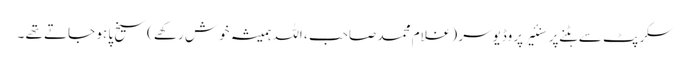
سکرپٹ سے ہٹنے پر سنئیر پروڈیوسر ( غلام محمد صاحب ، اللہ ہمیشہ خوش رکھے )سیخ پا ہو جاتے تھے ۔